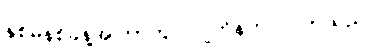
နှစ်မိနစ်ခန့်အကြာတွင် ဂျက်နက်ဝင်လာသည်။